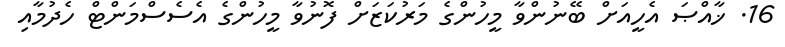
16. ޚާއްޞަ އެހީއަށް ބޭނުންވާ މީހުންގެ މަރުކަޒަށް ފޮނުވާ މީހުންގެ އެސެސްމަންޓް ހެދުމާއި